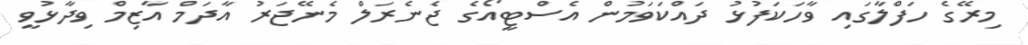
މިރޭގެ ހަފްލާގައި ވާހަކަފުޅު ދައްކަވަމުން އެސްޓީއޯގެ ޖެނެރަލް މެނޭޖަރު އާދަމް އާޒިމް ވިދާޅުވީ